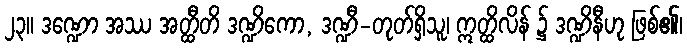
၂၃။ ဒဏ္ဍော အဿ အတ္ထီတိ ဒဏ္ဍိကော, ဒဏ္ဍီ-တုတ်ရှိသူ၊ ဣတ္ထိလိန် ၌ ဒဏ္ဍိနီဟု ဖြစ်၏၊